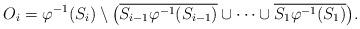
LaTeX: \begin{align*}O_i = \varphi^{-1} (S_i ) \setminus \big(\overline{S_{i-1} \varphi^{-1} (S_{i-1} )} \cup\cdots\cup \overline{S_1 \varphi^{-1} (S_1 )} \big) .\end{align*}